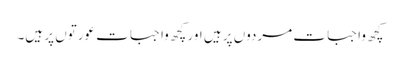
کچھ واجبات مردوں پر ہیں اور کچھ واجبات عورتوں پر ہیں۔